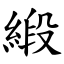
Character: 緞